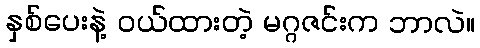
နှစ်ပေးနဲ့ ဝယ်ထားတဲ့ မဂ္ဂဇင်းက ဘာလဲ။